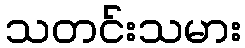
သတင်းသမား